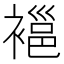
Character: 𧜇